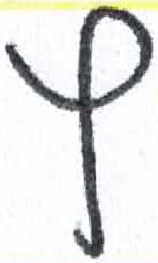
אות: ץ